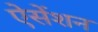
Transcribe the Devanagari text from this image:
ऐसेंशन